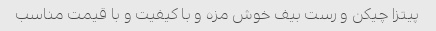
پیتزا چیکن و رست بیف خوش مزه و با کیفیت و با قیمت مناسب